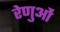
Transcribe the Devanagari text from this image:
रेणुओं